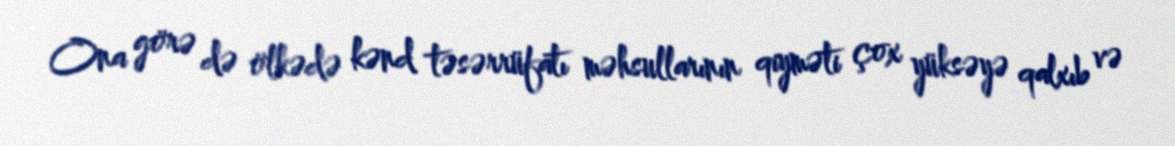
Ona görə də ölkədə kənd təsərrüfatı məhsullarının qiyməti çox yüksəyə qalxıb və